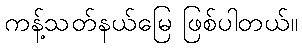
ကန့်သတ်နယ်မြေ ဖြစ်ပါတယ်။